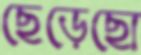
ছেড়েছো